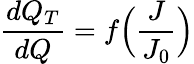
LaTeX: \frac{dQ_{T}}{dQ}=f\Big(\frac{J}{J_{0}}\Big)